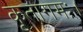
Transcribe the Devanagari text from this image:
कृतागमः।